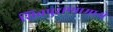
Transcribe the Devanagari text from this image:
शिवपुराणामध्ये